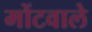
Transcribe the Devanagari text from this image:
मोंटवाले